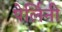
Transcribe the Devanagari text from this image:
पेर्लिनी